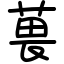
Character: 葨